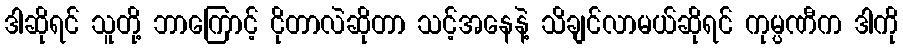
ဒါဆိုရင် သူတို့ ဘာကြောင့် ငိုတာလဲဆိုတာ သင့်အနေနဲ့ သိချင်လာမယ်ဆိုရင် ကုမ္ပဏီက ဒါကို